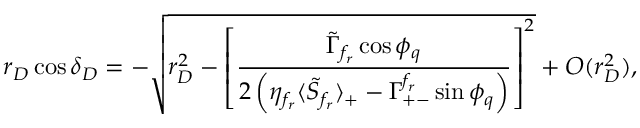
r _ { D } \cos \delta _ { D } = - \sqrt { r _ { D } ^ { 2 } - \left[ \frac { \tilde { \Gamma } _ { f _ { r } } \cos \phi _ { q } } { 2 \left( \eta _ { f _ { r } } \langle \tilde { S } _ { f _ { r } } \rangle _ { + } - \Gamma _ { + - } ^ { f _ { r } } \sin \phi _ { q } \right) } \right] ^ { 2 } } + { \cal O } ( r _ { D } ^ { 2 } ) ,